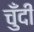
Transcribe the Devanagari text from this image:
चुँदी